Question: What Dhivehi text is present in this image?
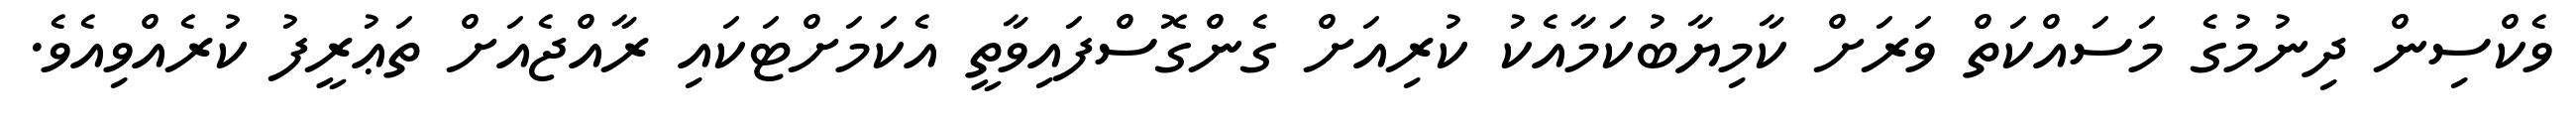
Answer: ވެކްސިން ދިނުމުގެ މަސައްކަތް ވަރަށް ކާމިޔާބުކަމާއެކު ކުރިއަށް ގެންގޮސްފައިވާތީ އެކަމަށްޓަކައި ރާއްޖެއަށް ތަޢުރީފު ކުރެއްވިއެވެ.